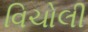
વિચોલી